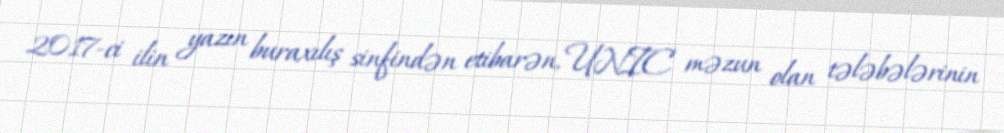
2017-ci ilin yazın buraxılış sinfindən etibarən, UNIC məzun olan tələbələrinin